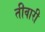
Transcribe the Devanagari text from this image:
तीवारी